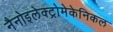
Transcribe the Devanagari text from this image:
नैनोइलेक्ट्रोमेकेनिकल